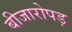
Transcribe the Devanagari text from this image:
बीजारोपड़